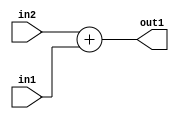
`timescale 1ps / 1ps
/*****************************************************************************
    Verilog RTL Description
    
    
    Created by: Stratus DpOpt 2019.1.01 
*******************************************************************************/

module DC_Filter_Add_12Ux4U_12U_4 (
	in2,
	in1,
	out1
	); /* architecture "behavioural" */ 
input [11:0] in2;
input [3:0] in1;
output [11:0] out1;
wire [11:0] asc001;

assign asc001 = 
	+(in2)
	+(in1);

assign out1 = asc001;
endmodule

/* CADENCE  urn1Sg4= : u9/ySgnWtBlWxVPRXgAZ4Og= ** DO NOT EDIT THIS LINE ******/